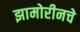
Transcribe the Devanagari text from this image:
झामोरीनचे